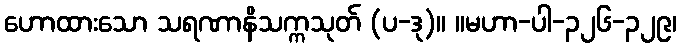
ဟောထားသော သရဏာနိသက္ကသုတ် (ပ-ဒု)။ ။မဟာ-ပါ-၃၂၆-၃၂၉၊